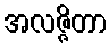
အလဇ္ဇိတာ